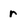
Character: r